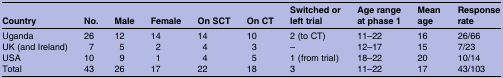
<table><thead><tr><td><b>Country</b></td><td><b>No.</b></td><td><b>Male</b></td><td><b>Female</b></td><td><b>On SCT</b></td><td><b>On CT</b></td><td><b>Switched or left trial</b></td><td><b>Age range at phase 1</b></td><td><b>Mean age</b></td><td><b>Response rate</b></td></tr></thead><tbody><tr><td>Uganda</td><td>26</td><td>12</td><td>14</td><td>14</td><td>10</td><td>2 (to CT)</td><td>11–22</td><td>16</td><td>26/66</td></tr><tr><td>UK (and Ireland)</td><td>7</td><td>5</td><td>2</td><td>4</td><td>3</td><td>–</td><td>12–17</td><td>15</td><td>7/23</td></tr><tr><td>USA</td><td>10</td><td>9</td><td>1</td><td>4</td><td>5</td><td>1 (from trial)</td><td>18–22</td><td>20</td><td>10/14</td></tr><tr><td>Total</td><td>43</td><td>26</td><td>17</td><td>22</td><td>18</td><td>3</td><td>11–22</td><td>17</td><td>43/103</td></tr></tbody></table>